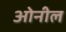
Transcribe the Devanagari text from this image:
ओनील